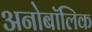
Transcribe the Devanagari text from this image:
अनोबॉलिक